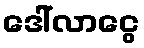
ဒေါ်လာငွေ